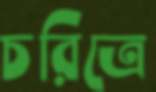
চরিত্রে